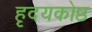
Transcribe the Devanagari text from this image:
हृदयकोष्ठ